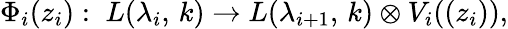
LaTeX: \Phi_{i}(z_{i}):\; L(\lambda_{i},\, k)\rightarrow L(\lambda_{i+1},\, k)\otimes V_{i}((z_{i})),